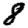
Digit: 8